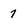
Character: 7